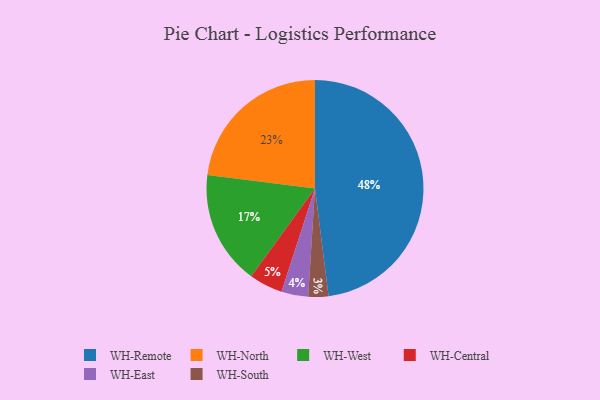
{"axis": {"x": "Category", "y": "Percentage"}, "legend": ["WH-Central", "WH-East", "WH-North", "WH-Remote", "WH-South", "WH-West"], "data": [{"x": "WH-Remote", "y": 48, "type": "WH-Remote"}, {"x": "WH-West", "y": 17, "type": "WH-West"}, {"x": "WH-East", "y": 4, "type": "WH-East"}, {"x": "WH-Central", "y": 5, "type": "WH-Central"}, {"x": "WH-South", "y": 3, "type": "WH-South"}, {"x": "WH-North", "y": 23, "type": "WH-North"}]}